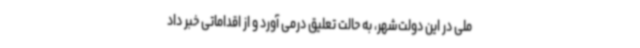
ملی در این دولت‌شهر، به حالت تعلیق درمی آورد و از اقداماتی خبر داد